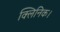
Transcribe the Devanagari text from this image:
क्लिनिक।